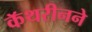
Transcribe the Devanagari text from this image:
कॅथरीनने